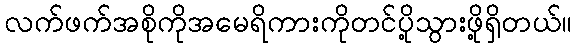
လက်ဖက်အစိုကိုအမေရိကားကိုတင်ပို့သွားဖို့ရှိတယ်။